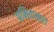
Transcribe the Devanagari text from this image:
प्रमिताक्षरा